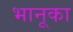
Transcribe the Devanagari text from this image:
भानूका